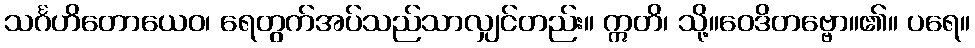
သင်္ဂဟိတောယေဝ၊ ရေတွက်အပ်သည်သာလျှင်တည်း။ ဣတိ၊ သို့။ဝေဒိတဗ္ဗော။၏။ ပရေ။